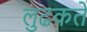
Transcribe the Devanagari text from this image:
लुढकते